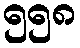
၅၅၈